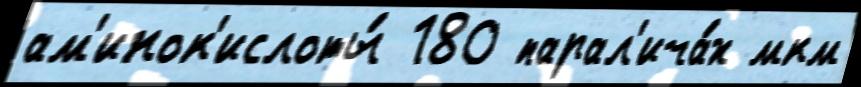
ам'инок'ислоты́ 180 парал'ича́х мкм